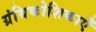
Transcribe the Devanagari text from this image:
ग्रंथिकोशिकाएँ